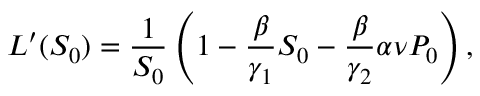
L ^ { \prime } ( S _ { 0 } ) = \frac { 1 } { S _ { 0 } } \left( 1 - \frac { \beta } { \gamma _ { 1 } } S _ { 0 } - \frac { \beta } { \gamma _ { 2 } } \alpha \nu P _ { 0 } \right) ,